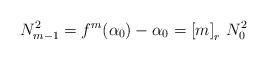
LaTeX: \begin{align*}N_{m-1}^2 = f^m(\alpha_0)-\alpha_0 = \left[ m \right]_r \, N_{0}^2\end{align*}